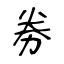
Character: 劵